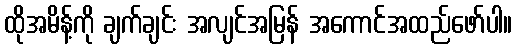
ထိုအမိန့်ကို ချက်ချင်း အလျင်အမြန် အကောင်အထည်ဖော်ပါ။